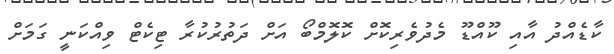
ކާޑެއްދު އާއި ކޫއްޑޫ މެދުވެރިކޮށް ކޮލޮމްބޯ އަށް ދަތުރުކުރާ ޓިކެޓް ވިއްކަނީ ގަމަށް